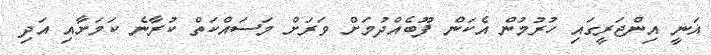
ޣަނީ އިންޖަރީގައި ހުރުމުން އެކަން ފޫބެއްދުމަށް ވަރަށް މަސައްކަތް ކުރާނެ ކަމަށާއި އަދި